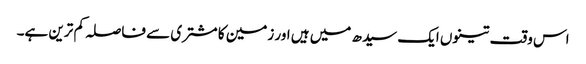
اس وقت تینوں ایک سیدھ میں ہیں اور زمین کا مشتری سے فاصلہ کم ترین ہے۔